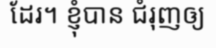
ដែរ។ ខ្ញុំបាន ជំរុញឲ្យ